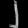
Digit: ၂